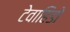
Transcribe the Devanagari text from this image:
टेवाहिडो